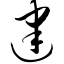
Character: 建